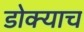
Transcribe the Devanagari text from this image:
डोक्याच